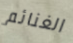
الغنائم